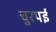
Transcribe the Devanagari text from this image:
चुरपई